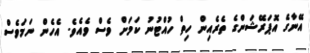
އޭނާގެ އޮޕަރޭޝަންގެ ތެރެއިން ހިތް ހުއްޓުނު ކަމަށް ވެސް ވެއެވެ. އެހެން ނަމަވެސް